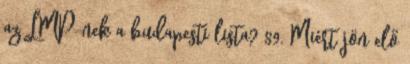
az LMP-nek a budapesti lista? 89. Miért jön elő